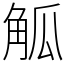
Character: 觚